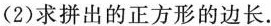
(2)求拼出的正方形的边长.